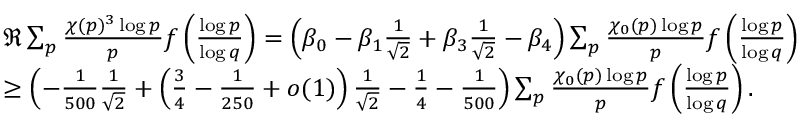
\begin{array} { r l } & { \Re \sum _ { p } \frac { \chi ( p ) ^ { 3 } \log p } { p } f \left( \frac { \log p } { \log q } \right) = \left( \beta _ { 0 } - \beta _ { 1 } \frac { 1 } { \sqrt { 2 } } + \beta _ { 3 } \frac { 1 } { \sqrt { 2 } } - \beta _ { 4 } \right) \sum _ { p } \frac { \chi _ { 0 } ( p ) \log p } { p } f \left( \frac { \log p } { \log q } \right) } \\ & { \geq \left( - \frac { 1 } { 5 0 0 } \frac { 1 } { \sqrt { 2 } } + \left( \frac { 3 } { 4 } - \frac { 1 } { 2 5 0 } + o ( 1 ) \right) \frac { 1 } { \sqrt { 2 } } - \frac { 1 } { 4 } - \frac { 1 } { 5 0 0 } \right) \sum _ { p } \frac { \chi _ { 0 } ( p ) \log p } { p } f \left( \frac { \log p } { \log q } \right) . } \end{array}